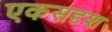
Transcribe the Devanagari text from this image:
एकसदृश